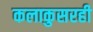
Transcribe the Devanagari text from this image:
कलाकुसरही